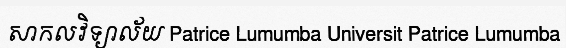
សាកលវិទ្យាល័យ Patrice Lumumba Universit Patrice Lumumba